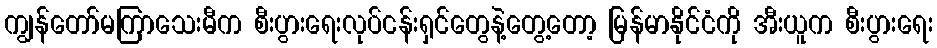
ကျွန်တော်မကြာသေးမီက စီးပွားရေးလုပ်ငန်းရှင်တွေနဲ့တွေ့တော့ မြန်မာနိုင်ငံကို အီးယူက စီးပွားရေး